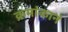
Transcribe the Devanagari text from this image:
क्रमांकानं